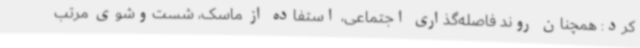
کرد: همچنان روند فاصله‌گذاری اجتماعی، استفاده از ماسک، شست‌وشوی مرتب